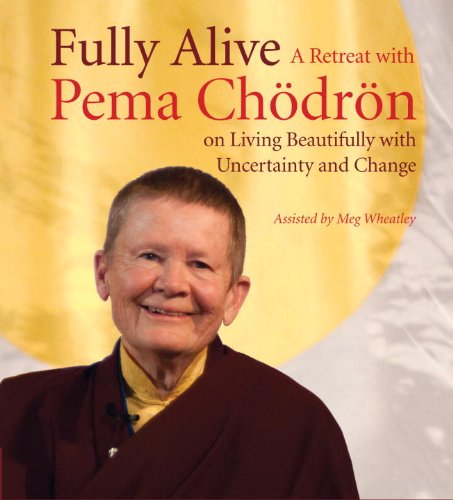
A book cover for Fully Alive: A Retreat with Pema Chodron on Living Beautifully with Uncertainty and Change; Pema Chodron; Religion & Spirituality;